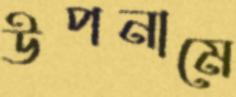
উপনামে